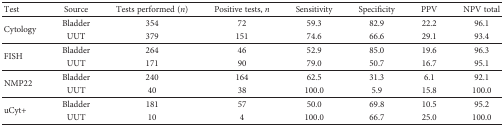
<table><thead><tr><td><b>Test</b></td><td><b>Source</b></td><td><b>Tests performed (<i>n</i>)</b></td><td><b>Positive tests, <i>n</i></b></td><td><b>Sensitivity</b></td><td><b>Specificity</b></td><td><b>PPV</b></td><td><b>NPV total</b></td></tr></thead><tbody><tr><td rowspan="2">Cytology</td><td>Bladder</td><td>354</td><td>72</td><td>59.3</td><td>82.9</td><td>22.2</td><td>96.1</td></tr><tr><td>UUT</td><td>379</td><td>151</td><td>74.6</td><td>66.6</td><td>29.1</td><td>93.4</td></tr><tr><td rowspan="2">FISH</td><td>Bladder</td><td>264</td><td>46</td><td>52.9</td><td>85.0</td><td>19.6</td><td>96.3</td></tr><tr><td>UUT</td><td>171</td><td>90</td><td>79.0</td><td>50.7</td><td>16.7</td><td>95.1</td></tr><tr><td rowspan="2">NMP22</td><td>Bladder</td><td>240</td><td>164</td><td>62.5</td><td>31.3</td><td>6.1</td><td>92.1</td></tr><tr><td>UUT</td><td>40</td><td>38</td><td>100.0</td><td>5.9</td><td>15.8</td><td>100.0</td></tr><tr><td rowspan="2">uCyt+</td><td>Bladder</td><td>181</td><td>57</td><td>50.0</td><td>69.8</td><td>10.5</td><td>95.2</td></tr><tr><td>UUT</td><td>10</td><td>4</td><td>100.0</td><td>66.7</td><td>25.0</td><td>100.0</td></tr></tbody></table>